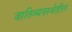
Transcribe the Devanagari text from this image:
जातिव्यवस्थेतील